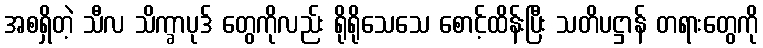
အစရှိတဲ့ သီလ သိက္ခာပုဒ် တွေကိုလည်း ရိုရိုသေသေ စောင့်ထိန်းပြီး သတိပဋ္ဌာန် တရားတွေကို